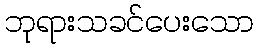
ဘုရားသခင်ပေးသော